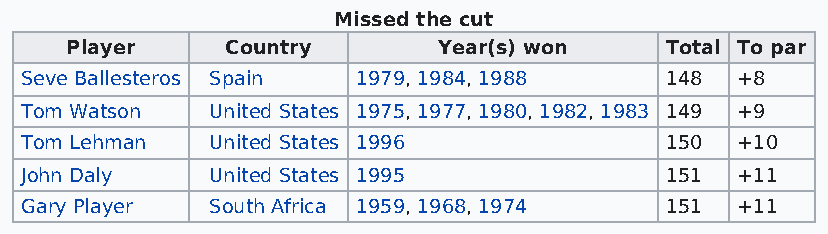
Missed the cut
 Player     Country       Year(s) won    Total To par
 Seve Ballesteros Spain 1979, 1984, 1988    148  +8
 Tom Watson   United States 1975, 1977, 1980, 1982, 1983 149 +9
 Tom Lehman   United States 1996            150  +10
 John Daly    United States 1995            151  +11
 Gary Player  South Africa 1959, 1968, 1974 151  +11